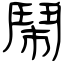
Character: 鬧